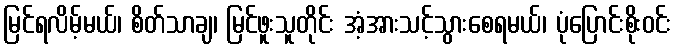
မြင်ရလိမ့်မယ်၊ စိတ်သာချ၊ မြင်ဖူးသူတိုင်း အံ့အားသင့်သွားစေရမယ်၊ ပုံပြောင်းစိုးဝင်း